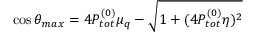
\cos \theta _ { m a x } = 4 P _ { t o t } ^ { ( 0 ) } \mu _ { q } - \sqrt { 1 + ( 4 P _ { t o t } ^ { ( 0 ) } \eta ) ^ { 2 } }